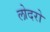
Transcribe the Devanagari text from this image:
लोदरो